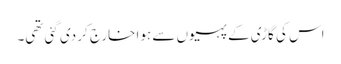
اس کی گاڑی کے پہیوں سے ہوا خارج کر دی گئی تھی۔